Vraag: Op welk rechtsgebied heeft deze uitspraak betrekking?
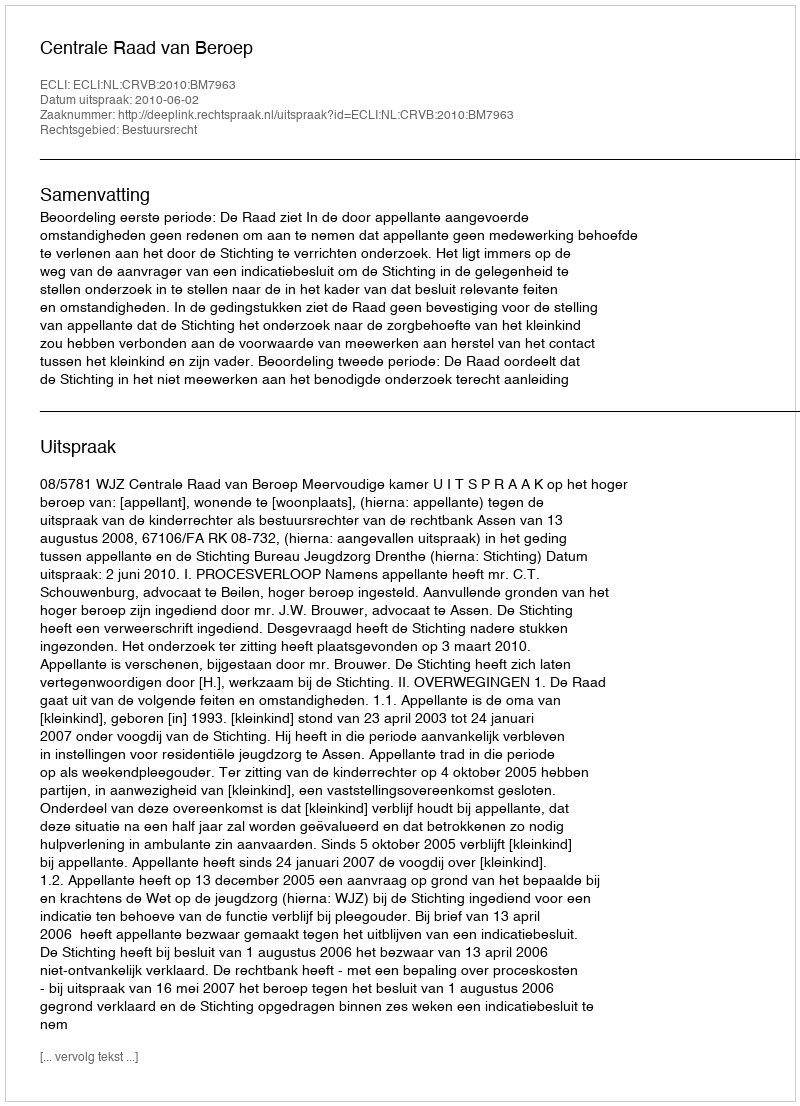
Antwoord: Bestuursrecht